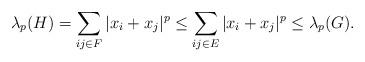
LaTeX: \begin{align*}\lambda_p(H)=\sum_{ij\in F}|x_i+x_j|^p\le \sum_{ij\in E}|x_i+x_j|^p\le \lambda_p(G). \end{align*}